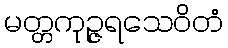
မတ္တကုဉ္ဇရသေဝိတံ